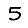
Digit: 5